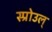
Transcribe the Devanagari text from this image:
स्प्रोउल्